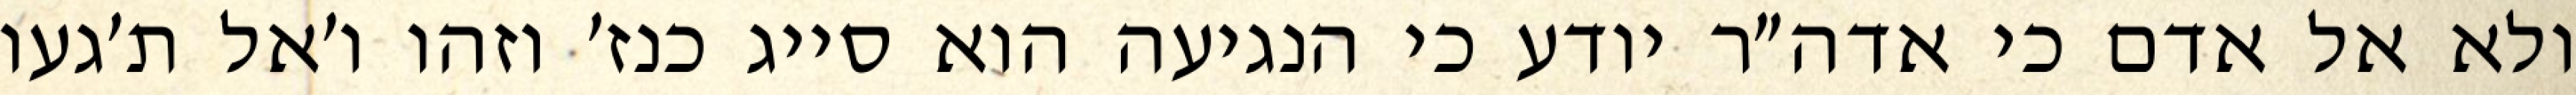
ולא אל אדם כי אדה״ר יודע כי הנגיעה הוא סייג כנז׳ וזהו ו׳אל ת׳געו